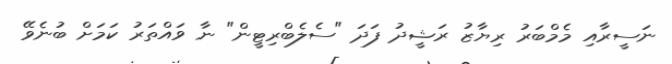
ނަސީރާއި މެމްބަރު ރިޔާޒު ރަޝީދު ފަދަ "ސެލެބްރިޓީން" ނާ ވައްތަރު ކަމަށް ބުނެވޭ